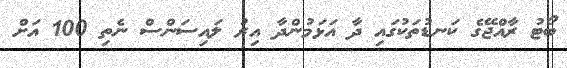
ބޯޓު ރާއްޖޭގެ ކަނޑުތަކުގައި ދާ އަޅަމުންދާ އިރު ލައިސަންސް ނެތި 100 އަށް